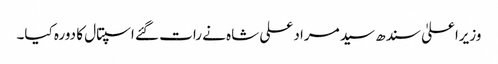
وزیراعلیٰ سندھ سید مراد علی شاہ نے رات گئے اسپتال کا دورہ کیا۔